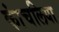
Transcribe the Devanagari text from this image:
कांचलिया